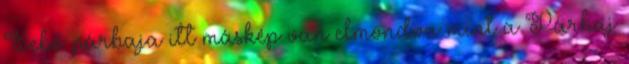
Sebő párbaja itt máskép van elmondva mint a Párbaj